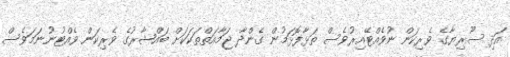
އަދި ސޫރިޔާގެ ވެރިކަން ނުވެއްޓޭއިރުވެސް ތަޅާފޮޅަމުން ގެންދާ ޖަމާއަތްތަކަކަށް ބައްޝާރުގެ ވެރިކަން ވެއްޓުނުނަމަވެސް